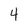
Character: 4